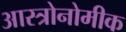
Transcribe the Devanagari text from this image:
आस्त्रोनोमीक